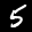
Label: 5